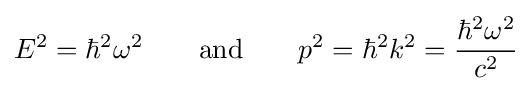
E^{2}=\hbar ^{2}\omega ^{2}\qquad {\text{and}}\qquad p^{2}=\hbar ^{2}k^{2}={\frac {\hbar ^{2}\omega ^{2}}{c^{2}}}